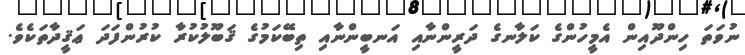
ނުވަތަ ހިންދޫއިން އެމީހުންގެ ކަލާނގެ ދަރީންނާއި އަނބީންނާއި ތިބޭކަމުގެ ޤަބޫލުކުރާ ކުރުންފަދަ ޢަޤީދާތަކެވެ.